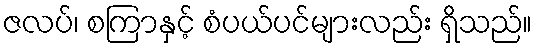
ဇလပ်၊ စကြာနှင့် စံပယ်ပင်များလည်း ရှိသည်။